Vaccination United Provinces of Agra and Oudh 1923-1928 - 1923-1928
Year: 1923
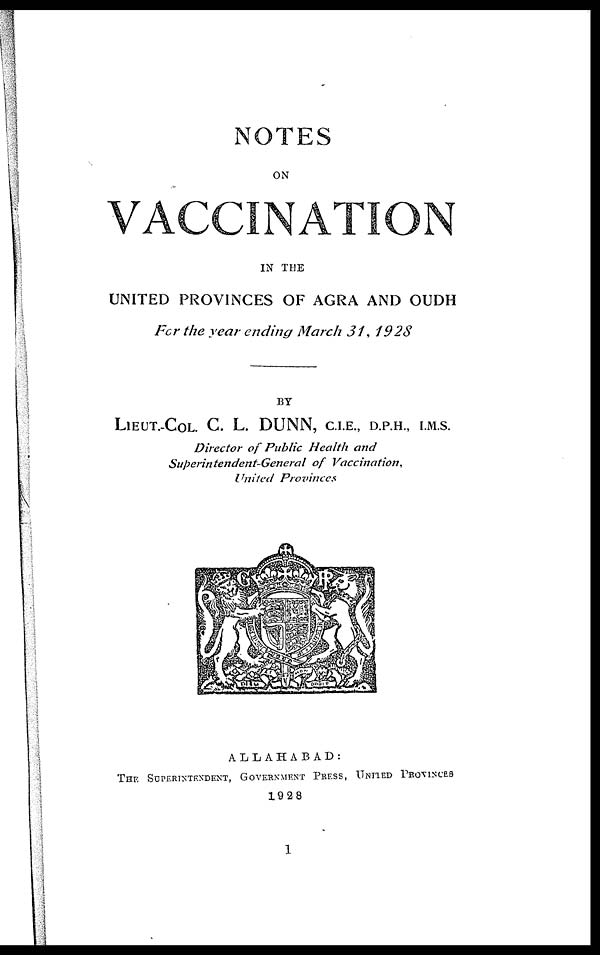
NOTES
ON
VACCINATION
IN THE
UNITED PROVINCES OF AGRA AND OUDH
For the year ending March 31, 1928
BY
LIEUT.-COL. C. L. DUNN, C.I.E., D.P.H., I.M.S.
Director of Public Health
and
Superintendent-General
of
Vaccination,
United
Provinces
ALLAHABAD:
THE SUPERINTENDENT, GOVERNMENT PRESS, UNITED PROVINCES
1928